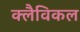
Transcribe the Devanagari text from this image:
क्लैविकल